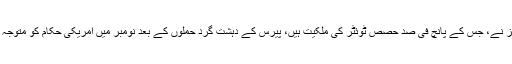
ڈیٹامائنز نے، جس کے پانچ فی صد حصص ٹوئٹر کی ملکیت ہیں، پیرس کے دہشت گرد حملوں کے بعد نومبر میں امریکی حکام کو متوجہ کیا تھا۔